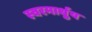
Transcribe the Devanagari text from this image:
स्‍वरमार्धुय